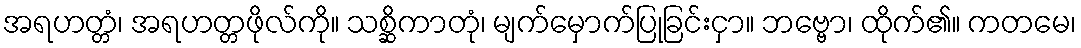
အရဟတ္တံ၊ အရဟတ္တဖိုလ်ကို။ သစ္ဆိကာတုံ၊ မျက်မှောက်ပြုခြင်းငှာ။ ဘဗ္ဗော၊ ထိုက်၏။ ကတမေ၊